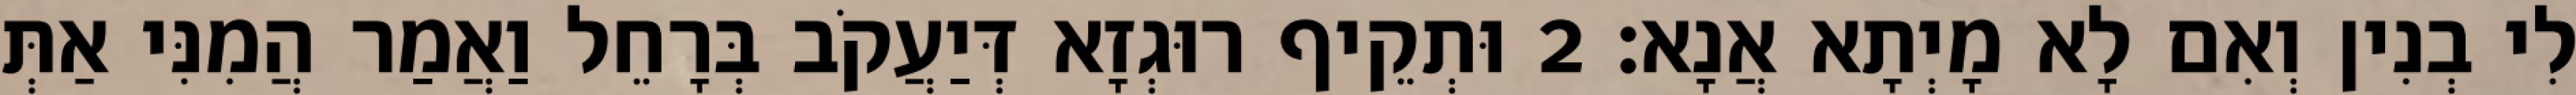
לִי בְנִין וְאִם לָא מָיְתָא אֲנָא׃ 2 וּתְקֵיף רוּגְזָא דְּיַעֲקֹב בְּרָחֵל וַאֲמַר הֲמִנִּי אַתְּ